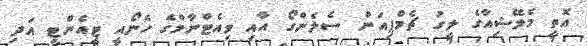
އޮތީ މެލޭޝިއާގެ ލީގު ޗެމްޕިއަން ސެލެންގޯ އާއި ވިއެޓްނާމްގެ ހެނޯއީ ޓީއެންޓީ އަދި